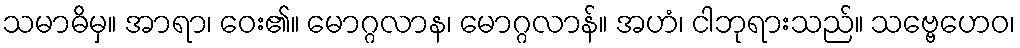
သမာဓိမှ။ အာရာ၊ ဝေး၏။ မောဂ္ဂလာန၊ မောဂ္ဂလာန်။ အဟံ၊ ငါဘုရားသည်။ သဗ္ဗေဟေဝ၊